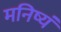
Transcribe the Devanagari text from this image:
मनिष्यं